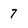
Character: 7